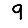
Digit: 9